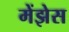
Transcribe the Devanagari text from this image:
मेंझेस